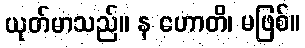
ယုတ်မာသည်။ န ဟောတိ၊ မဖြစ်။